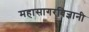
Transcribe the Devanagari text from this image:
महासागरविज्ञानी